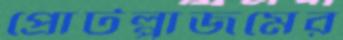
প্রোটপ্লাজমের